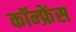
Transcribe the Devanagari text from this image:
कॉन्‍फ्रेंस